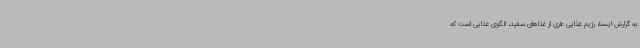
به گزارش ایسنا، رژیم غذایی عاری از غذاهای سفید، الگوی غذایی است که